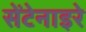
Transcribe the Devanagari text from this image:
सेंटेनाइरे